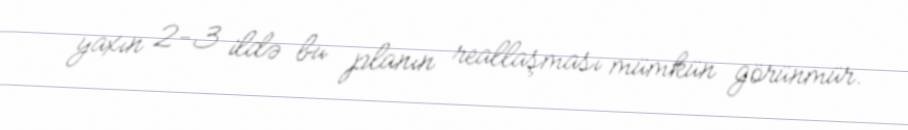
yaxın 2-3 ildə bu planın reallaşması mümkün görünmür.